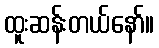
ထူးဆန်းတယ်နော်။